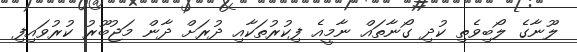
ލޫނާގެ ލޯބިވެތި ކުދި ގޯނާތައް ނާމީއެ ފިކުރުތަކާއި ދުރަށް ދާން މަޖުބޫރު ކުރުވައިފި